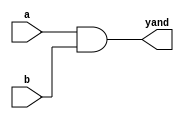
module ex_and(yand, a, b);
  input a, b;
  output yand;
  wire a, b;
  wire yand;
  and g0 (yand, a, b);
endmodule